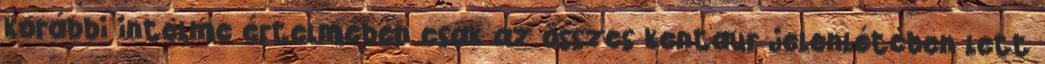
korábbi intelme értelmében csak az összes kentaur jelenlétében lett